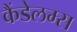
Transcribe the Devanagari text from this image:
कैंडेलम्स